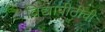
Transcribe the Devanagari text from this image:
विद्यापीठीची